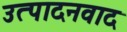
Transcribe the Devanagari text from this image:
उत्पादनवाद